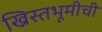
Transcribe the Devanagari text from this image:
ख्रिस्तभूमीची